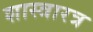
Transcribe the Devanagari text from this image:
शास्त्रारत्र